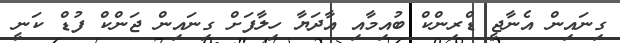
ގިނައިން އެނާޖީ ޑްރިންކް ބުއިމާއި އާދަޔާ ހިލާފަށް ގިނައިން ޖަަންކް ފުޑް ކަނީ